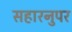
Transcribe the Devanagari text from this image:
सहारनुपर